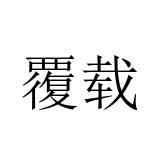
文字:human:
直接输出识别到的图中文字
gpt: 覆载